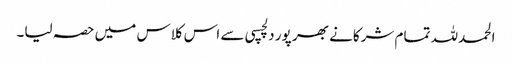
الحمدللہ تمام شرکانے بھر پور دلچسپی سے اس کلاس میں حصہ لیا۔